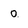
Character: 0